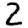
Digit: 2